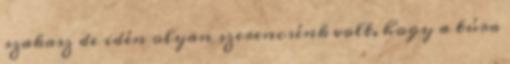
szakasz de idén olyan szerencsénk volt, hogy a túra